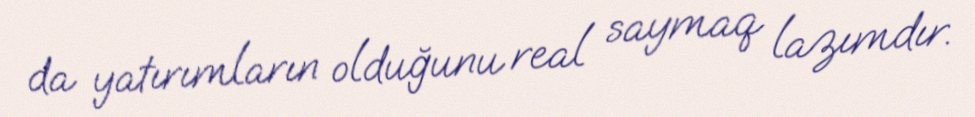
da yatırımların olduğunu real saymaq lazımdır.